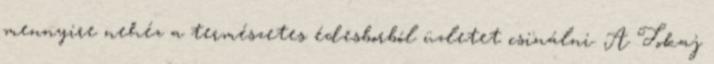
mennyire nehéz a természetes édesborból üzletet csinálni. A Tokaj